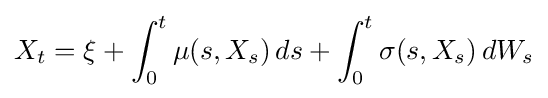
X_{t}=\xi +\int _{0}^{t}\mu (s,X_{s})\,ds+\int _{0}^{t}\sigma (s,X_{s})\,dW_{s}